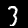
Digit: 3